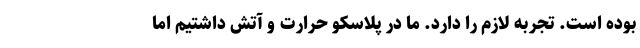
بوده است. تجربه لازم را دارد. ما در پلاسکو حرارت و آتش داشتیم اما